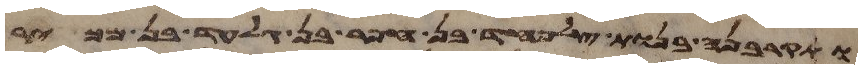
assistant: ותקרבנה בנות צלפחד בן חפר בן גלעד בן מכיר